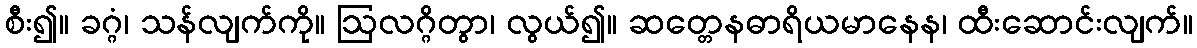
စီး၍။ ခဂ္ဂံ၊ သန်လျက်ကို။ ဩလဂ္ဂိတွာ၊ လွယ်၍။ ဆတ္တေနဓာရိယမာနေန၊ ထီးဆောင်းလျက်။